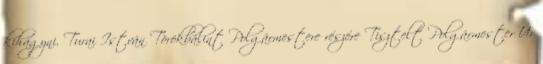
kihagyni. Turai István Törökbálint Polgármestere részére Tisztelt Polgármester Úr